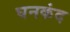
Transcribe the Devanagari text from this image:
घनकंद